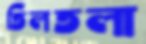
তিলতলা